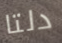
دلتا